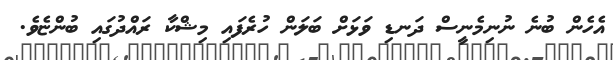
އެހެން ބުނެ ނުނިމެނީސް ދަނޑި ވަޅަށް ބަލަން ހުރެފައި މިޝްކާ ރައްދުގައި ބުންޏެވެ.